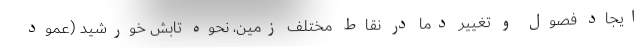
ایجاد فصول و تغییر دما در نقاط مختلف زمین، نحوه تابش خورشید (عمود